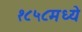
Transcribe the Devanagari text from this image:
१८५८मध्ये